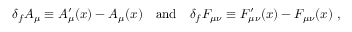
\delta _ { f } A _ { \mu } \equiv A _ { \mu } ^ { \prime } ( x ) - A _ { \mu } ( x ) \quad \mathrm { a n d } \quad \delta _ { f } F _ { \mu \nu } \equiv F _ { \mu \nu } ^ { \prime } ( x ) - F _ { \mu \nu } ( x ) \; ,